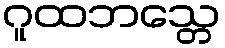
ဂူထဘသ္တေ